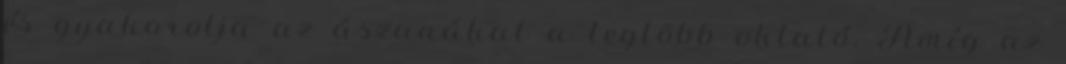
és gyakorolja az ászanákat a legtöbb oktató. Amíg az